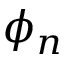
\phi _ { n }